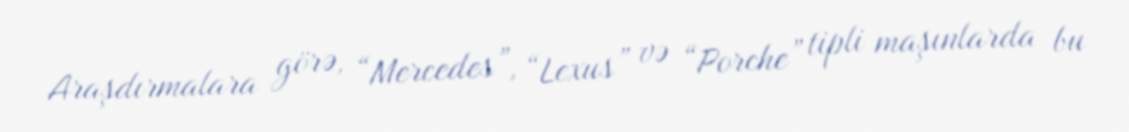
Araşdırmalara görə, “Mercedes”, “Lexus” və “Porche” tipli maşınlarda bu